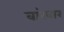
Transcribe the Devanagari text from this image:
वांरवार